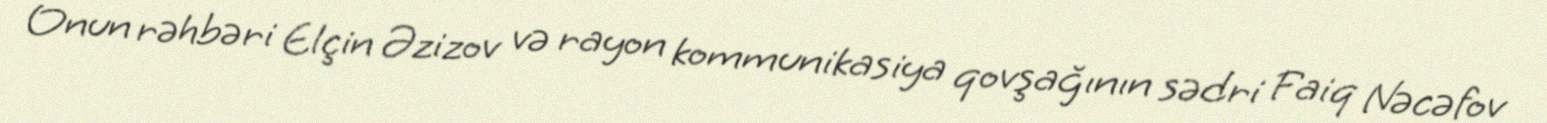
Onun rəhbəri Elçin Əzizov və rayon kommunikasiya qovşağının sədri Faiq Nəcəfov